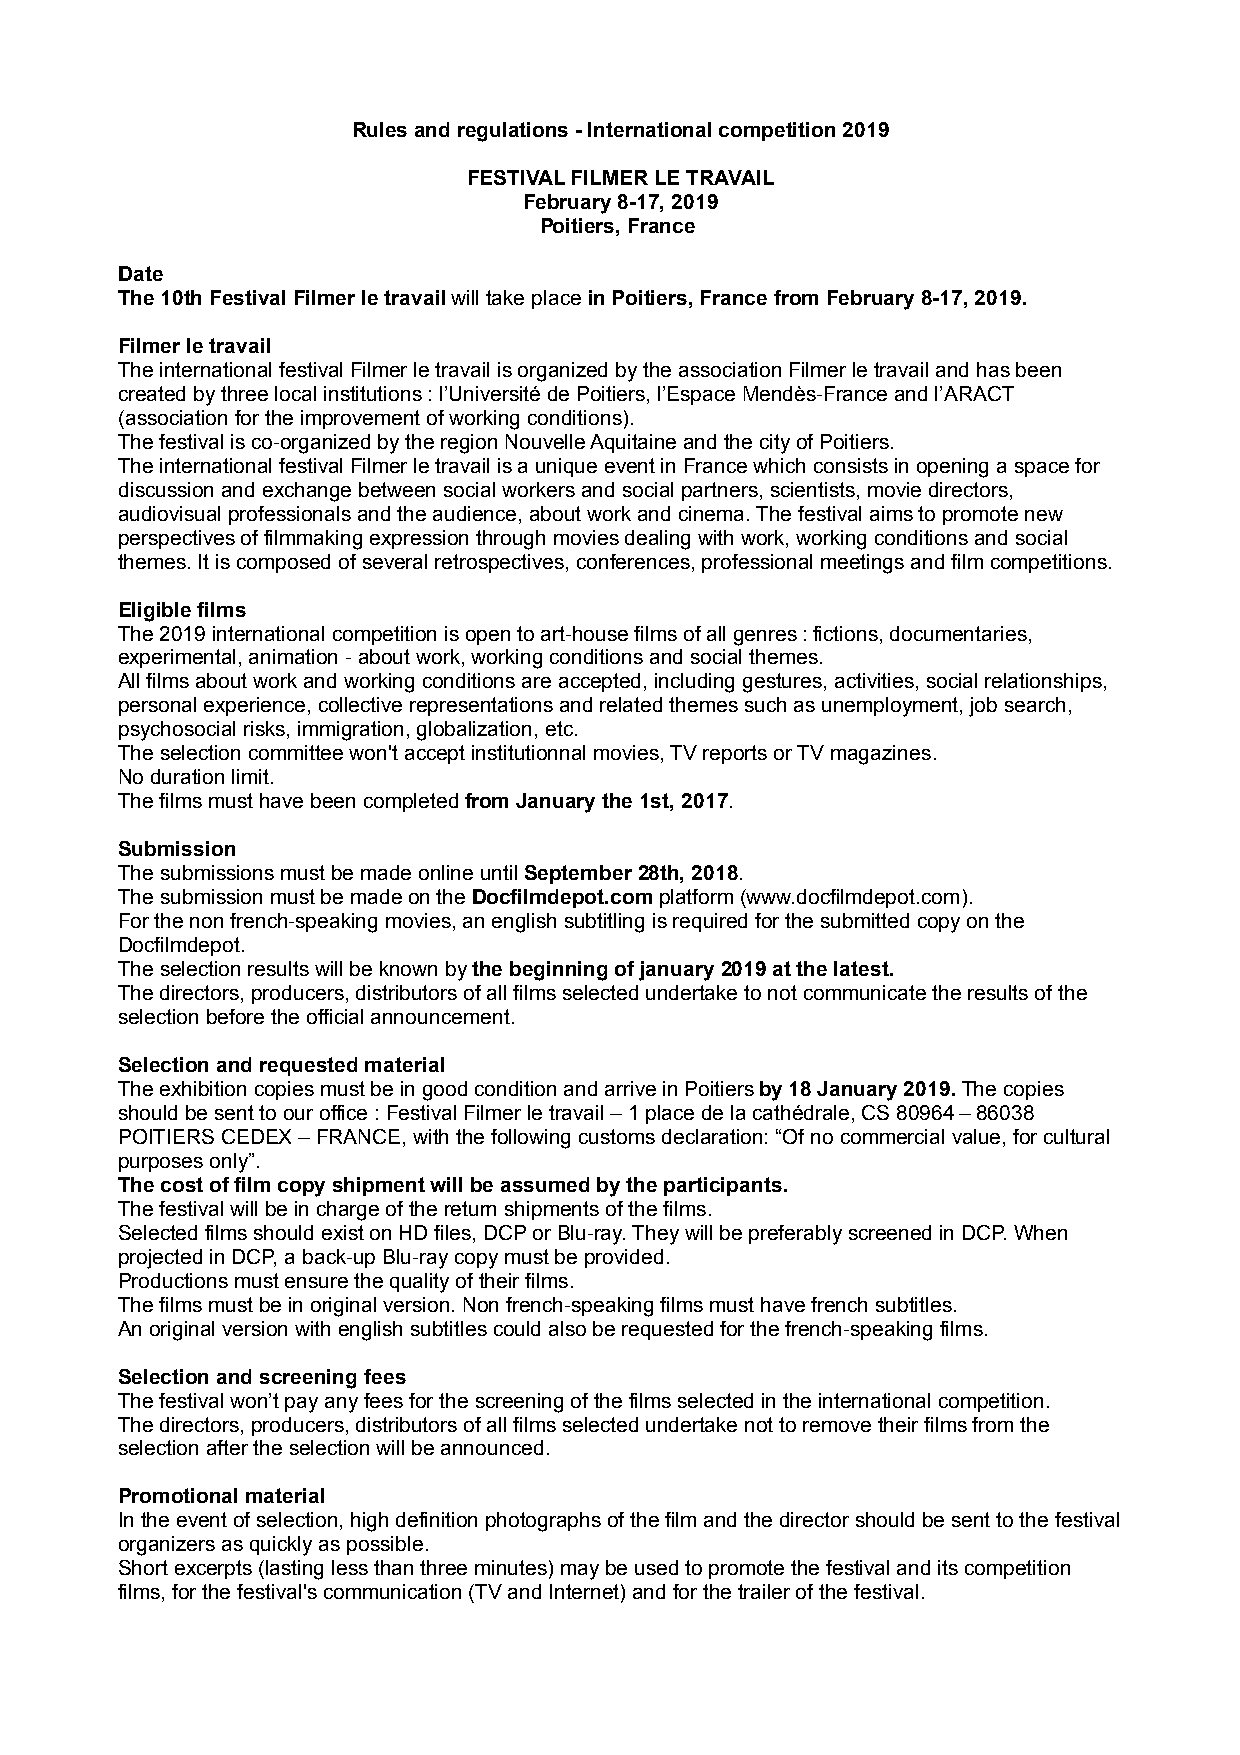
Rules and regulations - International competition 2019
 FESTIVAL FILMER LE TRAVAIL
 February 8-17, 2019
 Poitiers, France
 Date
 The 10th Festival Filmer le travail will take place in Poitiers, France from February 8-17, 2019.
 Filmer le travail
 The international festival Filmer le travail is organized by the association Filmer le travail and has been
 created by three local institutions : l’Université de Poitiers, l’Espace Mendès-France and l’ARACT
 (association for the improvement of working conditions).
 The festival is co-organized by the region Nouvelle Aquitaine and the city of Poitiers.
 The international festival Filmer le travail is a unique event in France which consists in opening a space for
 discussion and exchange between social workers and social partners, scientists, movie directors,
 audiovisual professionals and the audience, about work and cinema. The festival aims to promote new
 perspectives of filmmaking expression through movies dealing with work, working conditions and social
 themes. It is composed of several retrospectives, conferences, professional meetings and film competitions.
 Eligible films
 The 2019 international competition is open to art-house films of all genres : fictions, documentaries,
 experimental, animation - about work, working conditions and social themes.
 All films about work and working conditions are accepted, including gestures, activities, social relationships,
 personal experience, collective representations and related themes such as unemployment, job search,
 psychosocial risks, immigration, globalization, etc.
 The selection committee won't accept institutionnal movies, TV reports or TV magazines.
 No duration limit.
 The films must have been completed from January the 1st, 2017.
 Submission
 The submissions must be made online until September 28th, 2018.
 The submission must be made on the Docfilmdepot.com platform (www.docfilmdepot.com).
 For the non french-speaking movies, an english subtitling is required for the submitted copy on the
 Docfilmdepot.
 The selection results will be known by the beginning of january 2019 at the latest.
 The directors, producers, distributors of all films selected undertake to not communicate the results of the
 selection before the official announcement.
 Selection and requested material
 The exhibition copies must be in good condition and arrive in Poitiers by 18 January 2019. The copies
 should be sent to our office : Festival Filmer le travail – 1 place de la cathédrale, CS 80964 – 86038
 POITIERS CEDEX – FRANCE, with the following customs declaration: “Of no commercial value, for cultural
 purposes only”.
 The cost of film copy shipment will be assumed by the participants.
 The festival will be in charge of the return shipments of the films.
 Selected films should exist on HD files, DCP or Blu-ray. They will be preferably screened in DCP. When
 projected in DCP, a back-up Blu-ray copy must be provided.
 Productions must ensure the quality of their films.
 The films must be in original version. Non french-speaking films must have french subtitles.
 An original version with english subtitles could also be requested for the french-speaking films.
 Selection and screening fees
 The festival won’t pay any fees for the screening of the films selected in the international competition.
 The directors, producers, distributors of all films selected undertake not to remove their films from the
 selection after the selection will be announced.
 Promotional material
 In the event of selection, high definition photographs of the film and the director should be sent to the festival
 organizers as quickly as possible.
 Short excerpts (lasting less than three minutes) may be used to promote the festival and its competition
 films, for the festival's communication (TV and Internet) and for the trailer of the festival.